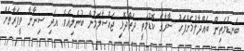
ބަނޑުމަތިން ބައްދާލުމަށްފަހު ސާރާގެ ކޮޑުމަތީ ދަތްދޮޅި ޖައްސާލަމުން ބުނެލިއެވެ. އަދި ސިނާނާ ވީފަރާތަށް